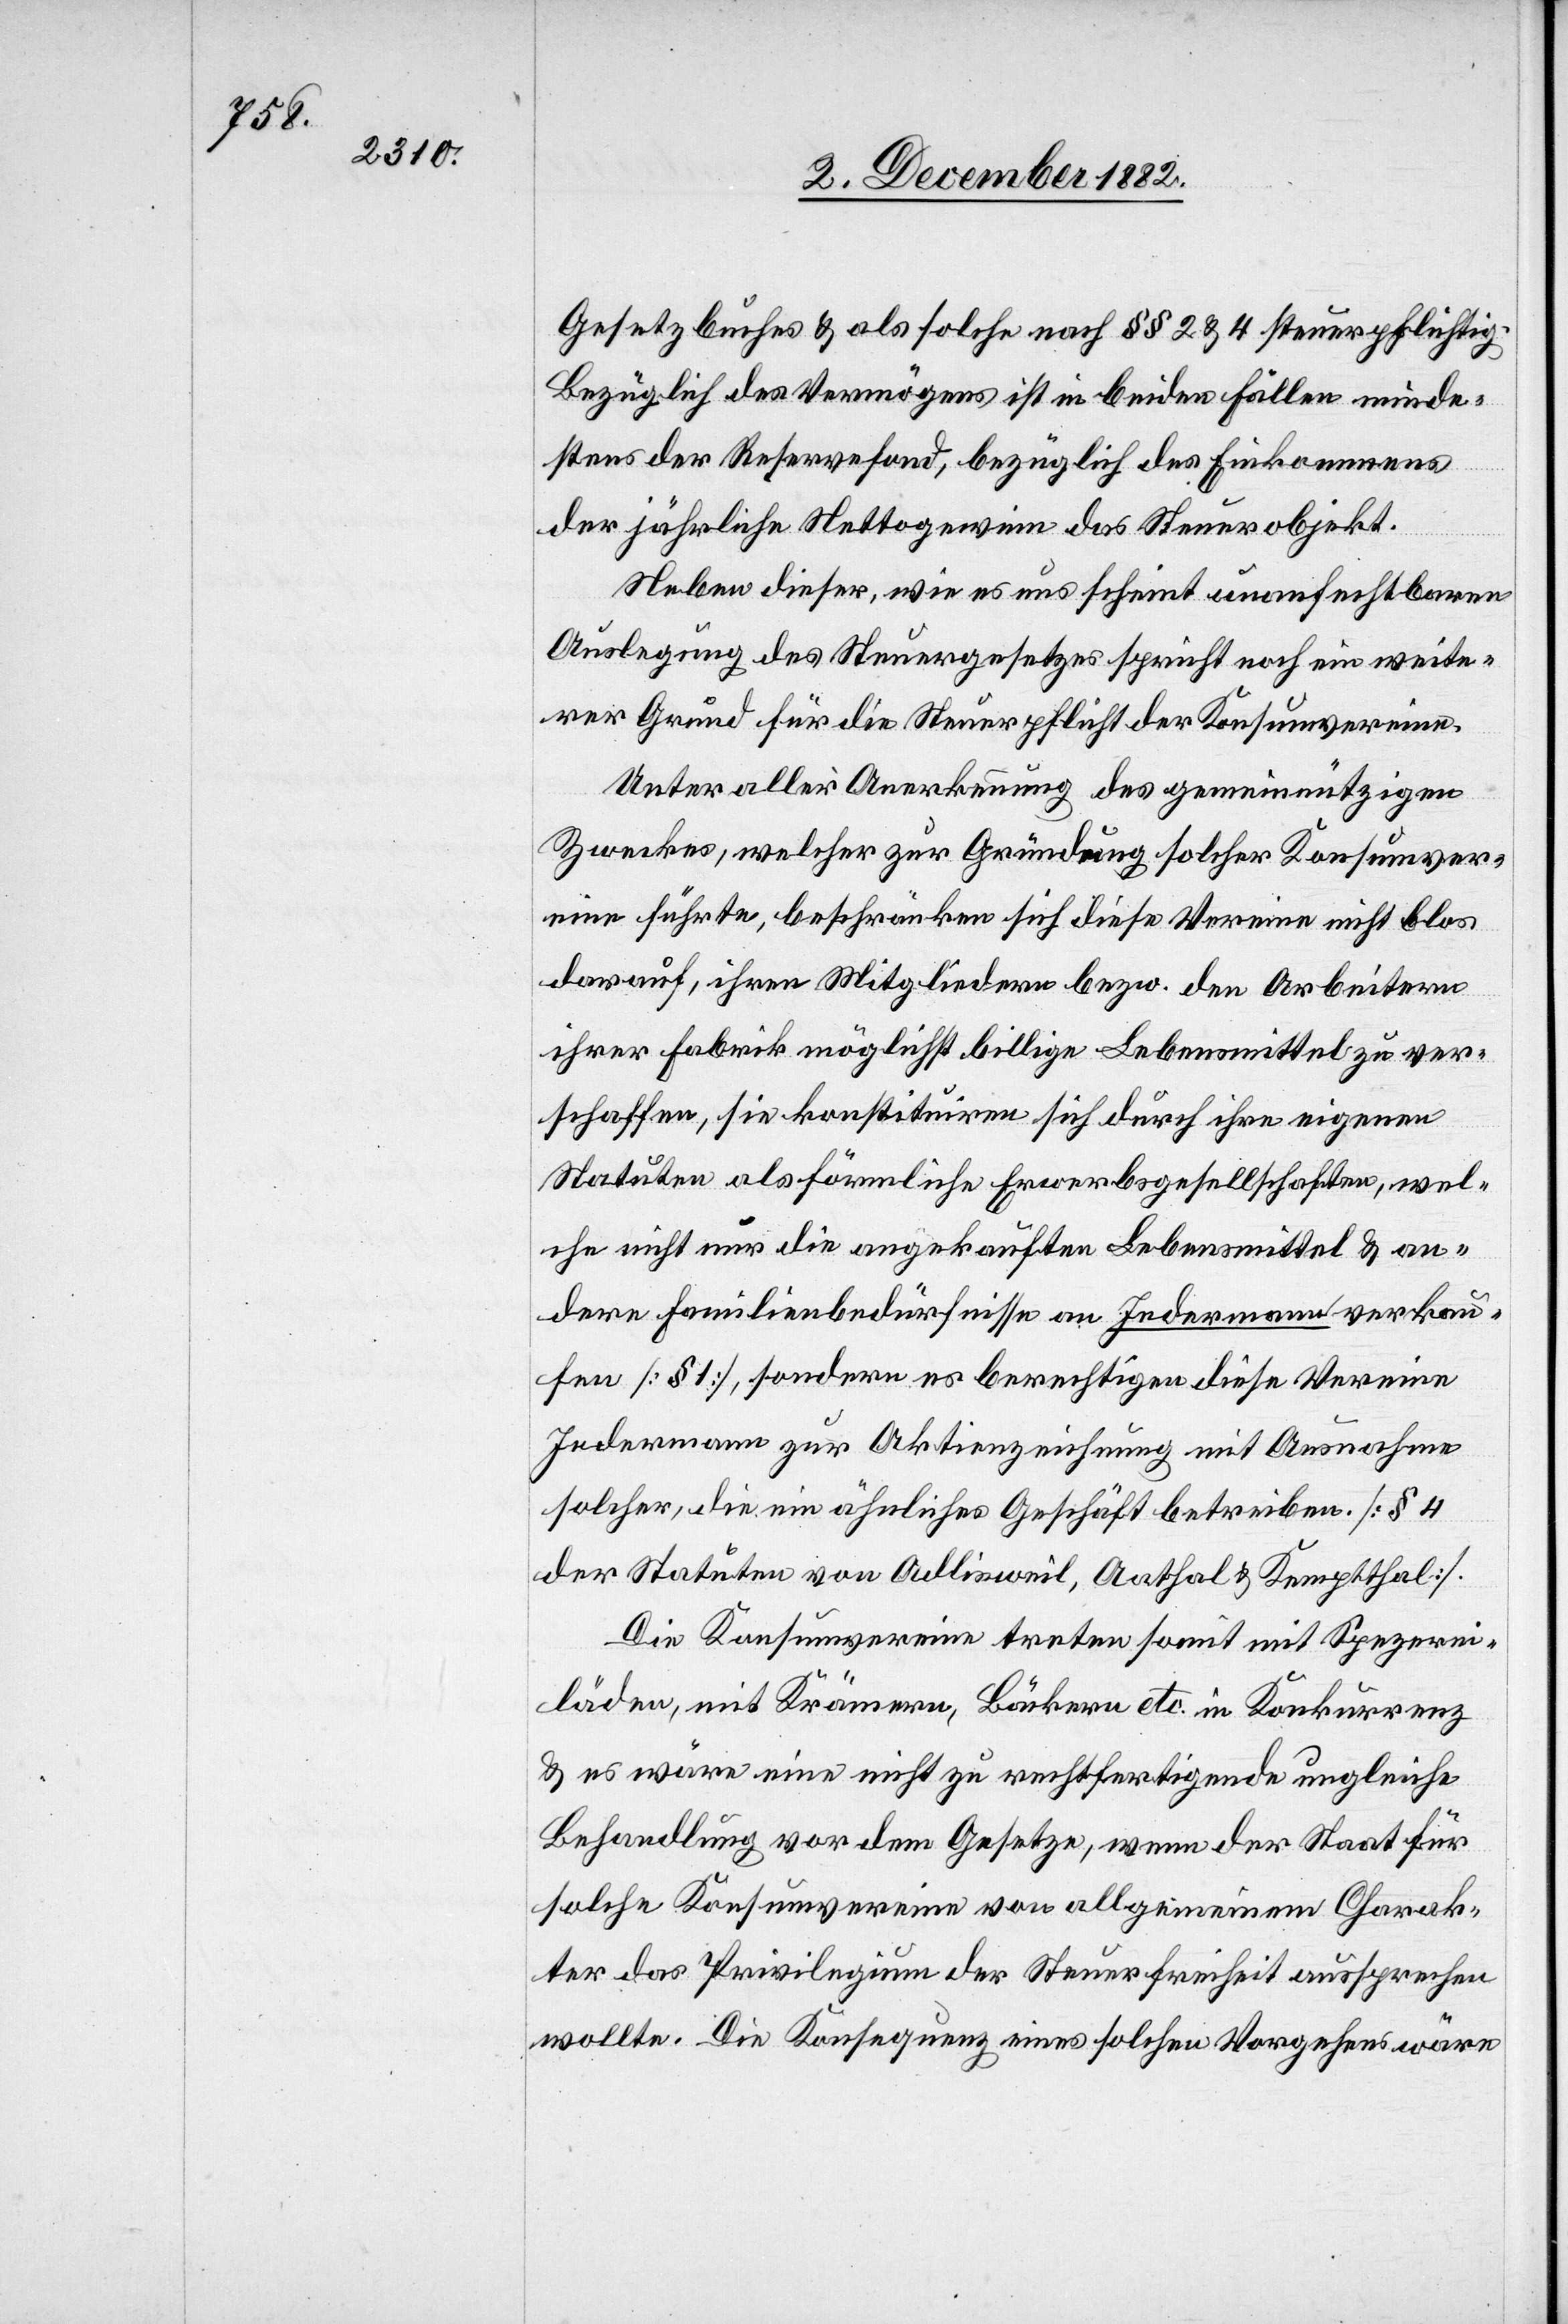
Gesetzbuches & als solche nach §§ 2 & 4 steuerpflichtig.
Bezüglich des Vermögens ist in beiden Fällen minde¬
stens der Reservefond, bezüglich des Einkommens
der jährliche Nettogewinn das Steuerobjekt.
Neben dieser, wie es uns scheint unanfechtbaren
Auslegung des Steuergesetzes spricht noch ein weite¬
rer Grund für die Steuerpflicht der Konsumvereine.
Unter aller Anerkennung des gemeinnützigen
Zwecks, welcher zur Gründung solcher Konsumver¬
eine führte, beschränken sich diese Vereine nicht blos
darauf, ihren Mitgliedern bezw. den Arbeitern
ihrer Fabrik möglichst billige Lebensmittel zu ver¬
schaffen, sie konstituiren sich durch ihre eigenen
Statuten als förmliche Erwerbsgesellschaften, wel¬
che nicht nur die angekauften Lebensmittel & an¬
dere Familienbedürfnisse an Jedermann verkau¬
fen [§ 1], sondern es berechtigen diese Vereine
Jedermann zur Aktienzeichnung mit Ausnahme
solcher, die ein ähnliches Geschäft betreiben. [§ 4
der Statuten von Adlisweil, Aathal & Kemptthal].
Die Konsumvereine treten somit mit Spezerei¬
läden, mit Krämern, Bäckern etc. in Konkurrenz
& es wäre eine nicht zu rechtfertigende ungleiche
Behandlung vor dem Gesetze, wenn der Staat für
solche Konsumvereine von allgemeinem Charak¬
ter das Privilegium der Steuerfreiheit aussprechen
wollte. Die Konsequenz eines solchen Vorgehens wäre